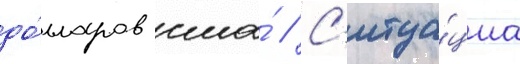
до́лларов сша́ // С'итуа́циа